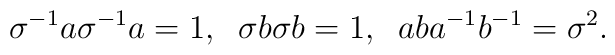
\sigma^{-1}a\sigma^{-1}a=1,\; \; \sigma b\sigma b=1, \; \; aba^{-1}b^{-1}=\sigma^2.